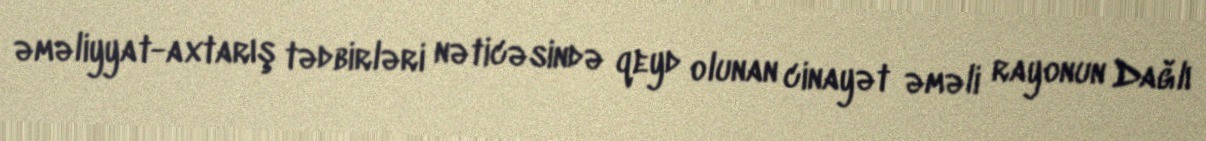
əməliyyat-axtarış tədbirləri nəticəsində qeyd olunan cinayət əməli rayonun Dağlı